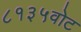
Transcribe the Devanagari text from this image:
८१३५वोट